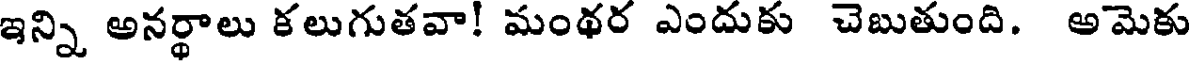
ఇన్ని అనర్థాలు కలుగుతవా! మంథర ఎందుకు చెబుతుంది. అమెకు